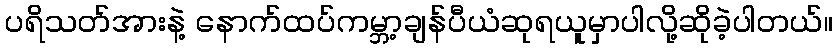
ပရိသတ်အားနဲ့ နောက်ထပ်ကမ္ဘာ့ချန်ပီယံဆုရယူမှာပါလို့ဆိုခဲ့ပါတယ်။